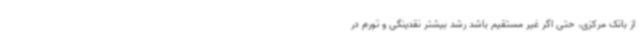
از بانک مرکزی، حتی اگر غیر مستقیم باشد رشد بیشتر نقدینگی و تورم در